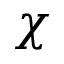
\chi